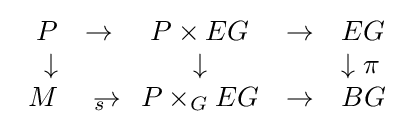
{\begin{array}{rcccl}P&\to &P\times EG&\to &EG\\\downarrow &&\downarrow &&\downarrow \pi \\M&\to _{\!\!\!\!\!\!\!s}&P\times _{G}EG&\to &BG\end{array}}